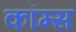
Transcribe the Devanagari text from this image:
कॉम्स